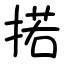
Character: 掿